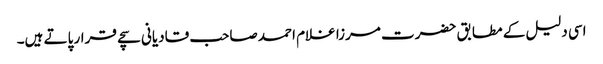
اسی دلیل کے مطابق حضرت مرزا غلام احمد صاحب قادیانی سچے قرار پاتے ہیں۔